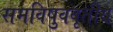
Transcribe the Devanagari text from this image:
समविषुववृतीय